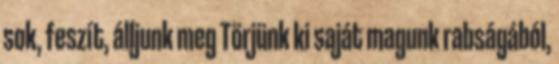
sok, feszít, álljunk meg Törjünk ki saját magunk rabságából,